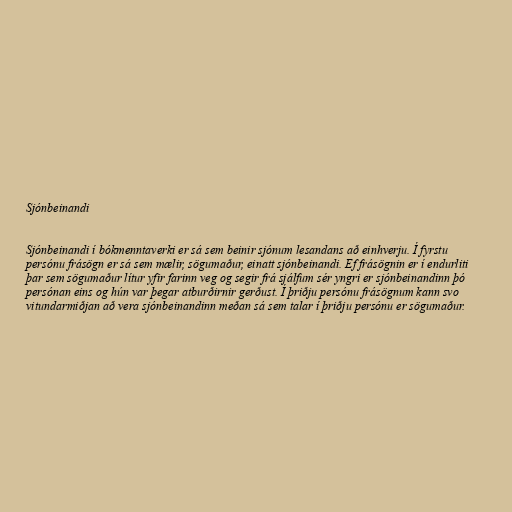
Sjónbeinandi

Sjónbeinandi í bókmenntaverki er sá sem beinir sjónum lesandans að einhverju. Í fyrstu
persónu frásögn er sá sem mælir, sögumaður, einatt sjónbeinandi. Ef frásögnin er í endurliti
þar sem sögumaður lítur yfir farinn veg og segir frá sjálfum sér yngri er sjónbeinandinn þó
persónan eins og hún var þegar atburðirnir gerðust. Í þriðju persónu frásögnum kann svo
vitundarmiðjan að vera sjónbeinandinn meðan sá sem talar í þriðju persónu er sögumaður.